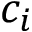
c _ { i }